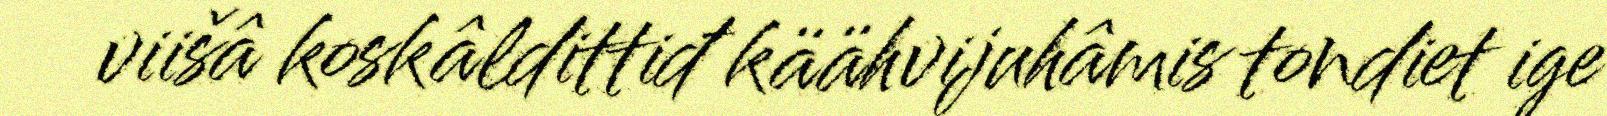
viišâ koskâldittiđ käähvijuhâmis tondiet ige